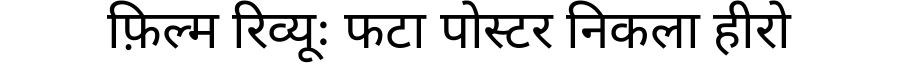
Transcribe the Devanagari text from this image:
फ़िल्म रिव्यूः फटा पोस्टर निकला हीरो